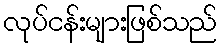
လုပ်ငန်းများဖြစ်သည်